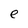
Character: e